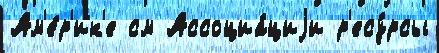
Ам'е́р'ик'е см Ассоциа́циjи р'есу́рсы